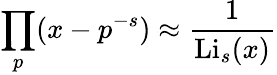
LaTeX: \prod_{p}(x-p^{-s})\approx{\frac{1}{\operatorname{Li}_{s}(x)}}